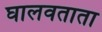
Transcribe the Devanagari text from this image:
घालवताता